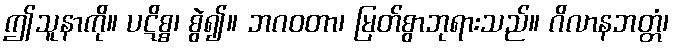
ဤသူနာကို။ ပဋိစ္စ၊ စွဲ၍။ ဘဂဝတာ၊ မြတ်စွာဘုရားသည်။ ဂိလာနဘတ္တံ၊